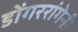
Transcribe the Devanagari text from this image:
डोंगररांगेनी